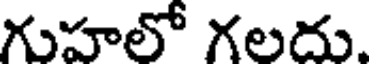
గుహలో గలదు.